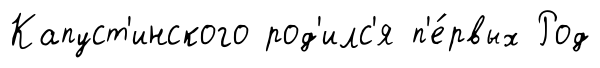
Капуст'инского род'илс'я п'е́рвых Род